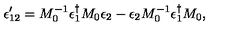
\epsilon _ { 1 2 } ^ { \prime } = M _ { 0 } ^ { - 1 } \epsilon _ { 1 } ^ { \dagger } M _ { 0 } \epsilon _ { 2 } - \epsilon _ { 2 } M _ { 0 } ^ { - 1 } \epsilon _ { 1 } ^ { \dagger } M _ { 0 } ,